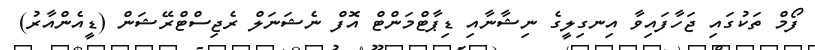
ފޯމް ތަކުގައި ޖަހާފައިވާ އިނގިލީގެ ނިޝާނާއި ޑިޕާޓްމަންޓް އޮފް ނެޝަނަލް ރެޖިސްޓްރޭޝަން (ޑީއެންއާރު)